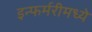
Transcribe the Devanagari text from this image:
इन्फर्मरीमध्ये